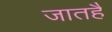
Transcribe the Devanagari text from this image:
जातहै